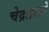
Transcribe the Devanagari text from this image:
चेद्राक्षसो